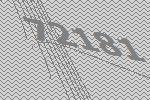
72181